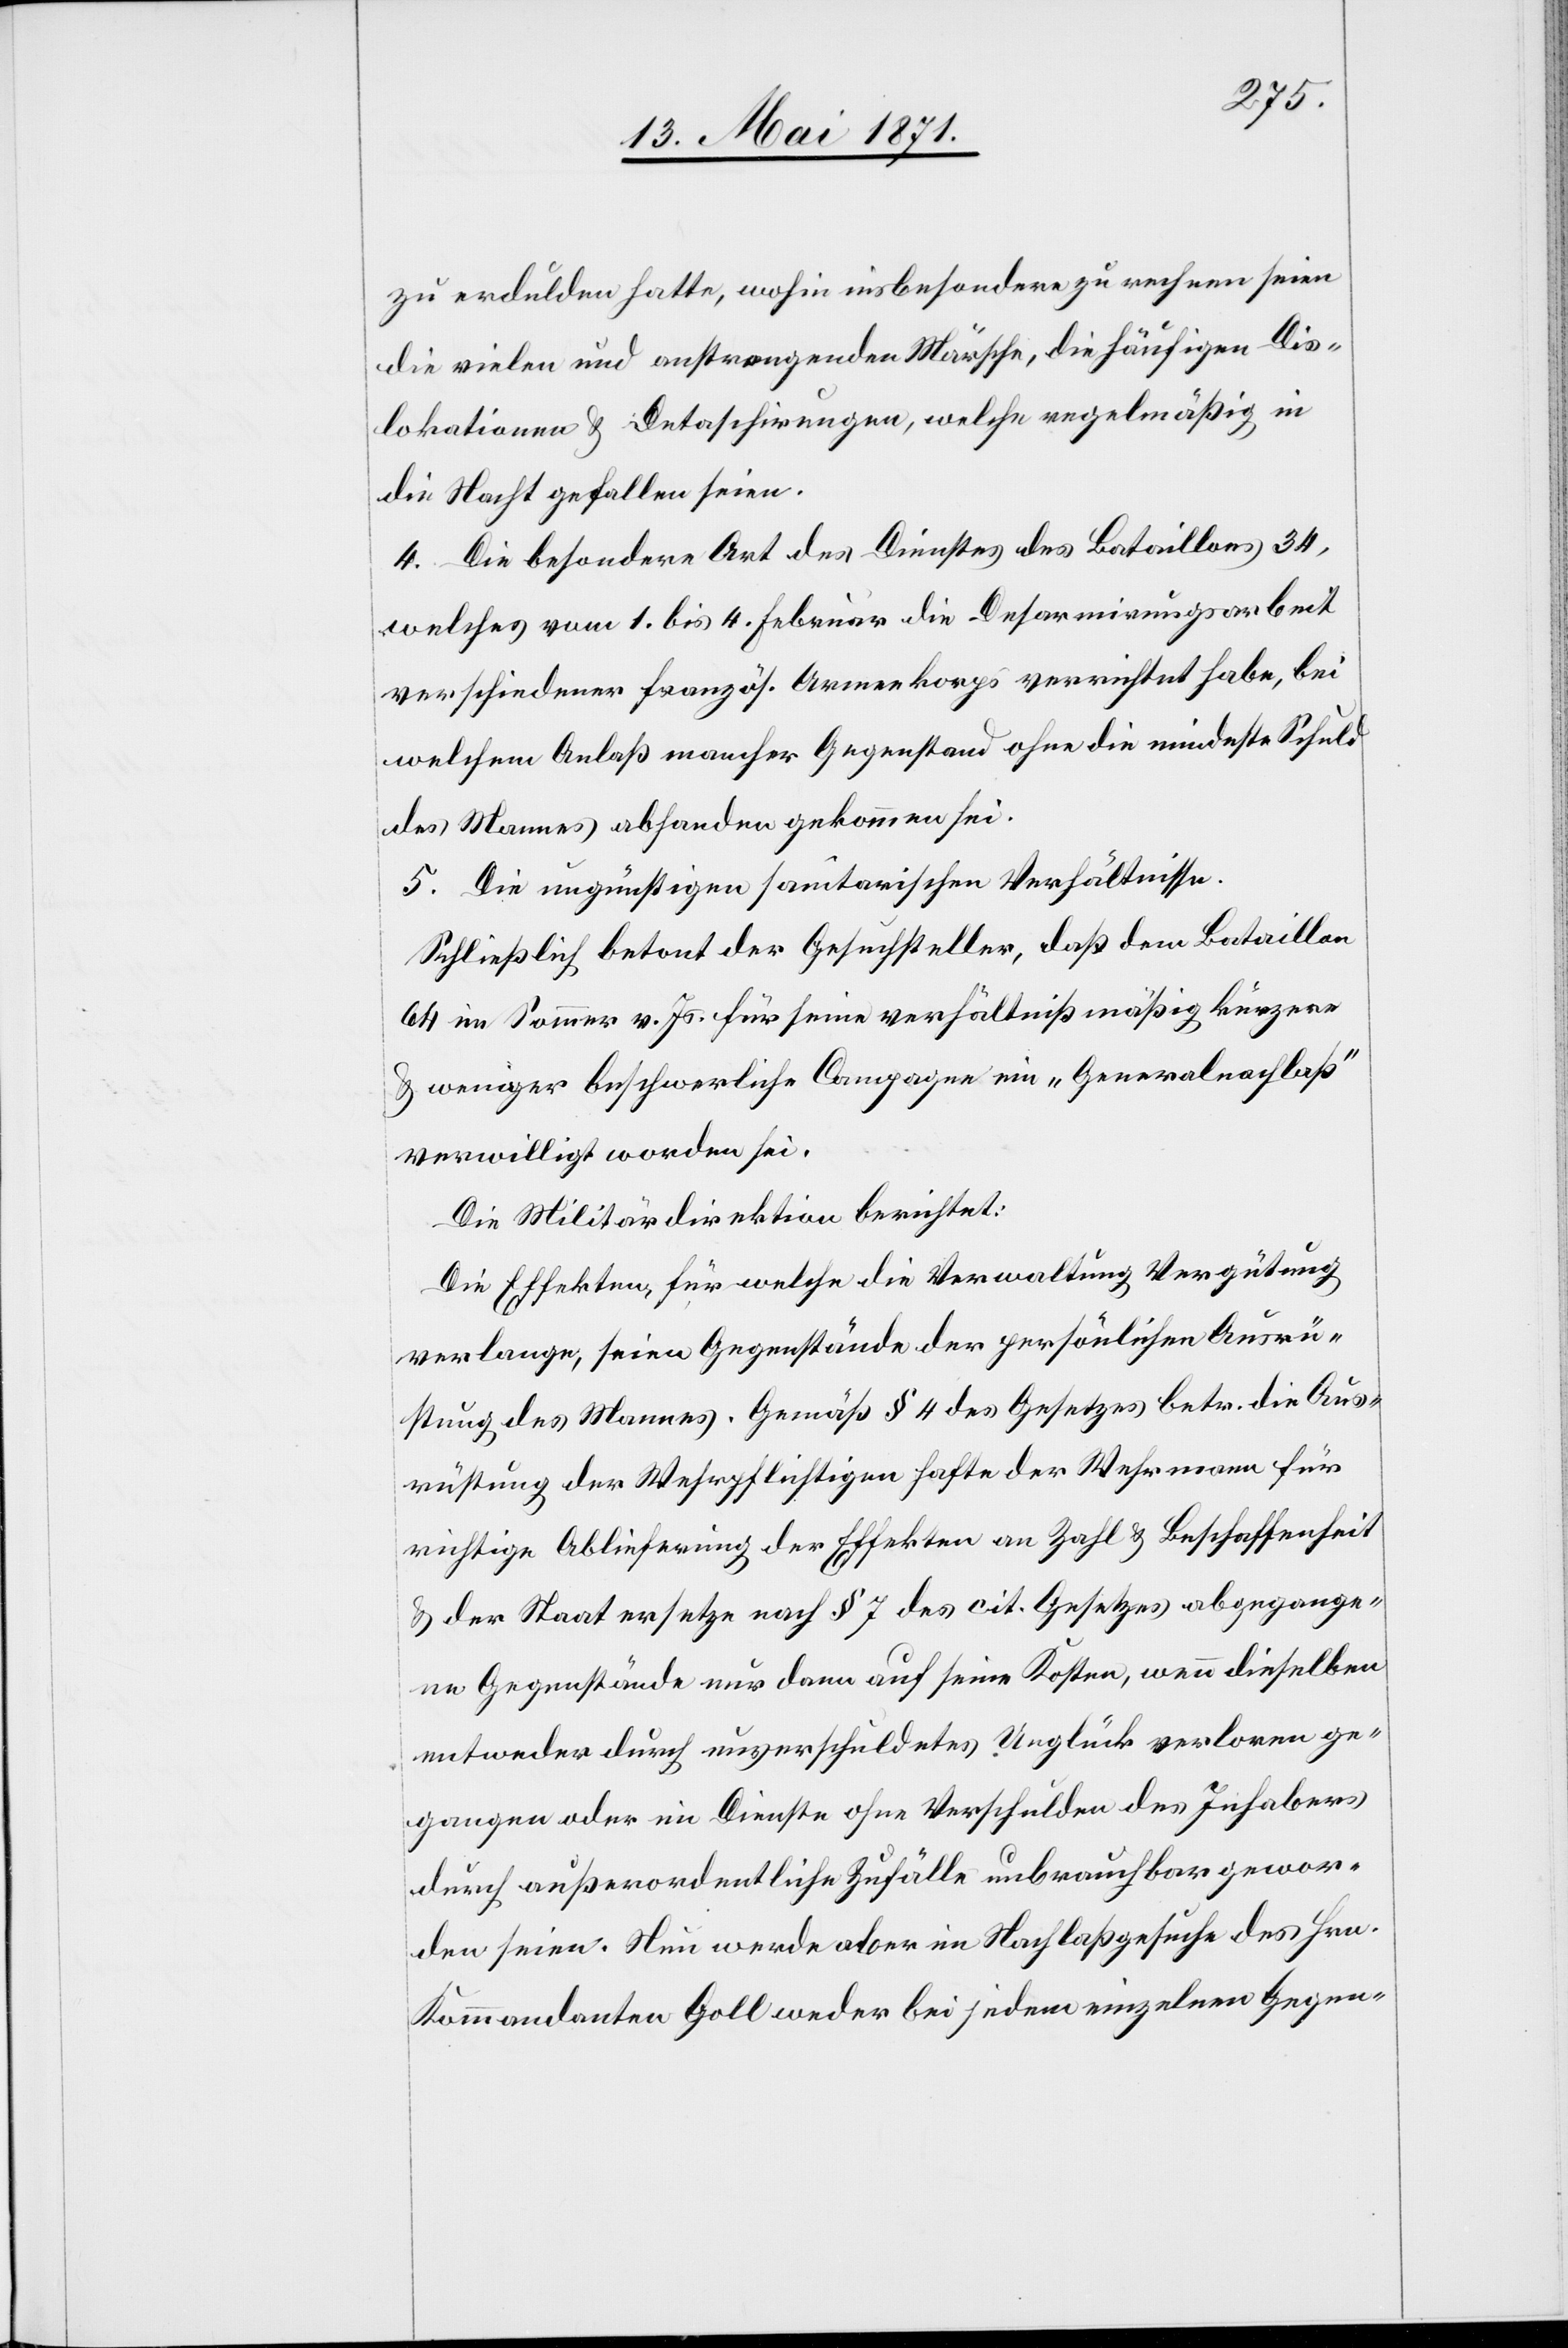
zu erdulden hatte, wohin insbesondern zu rechnen seien
die vielen und anstrengenden Märsche, die häufigen Dis¬
lokationen u. Detaschirungen, welche regelmäßig in
die Nacht gefallen seien.
4. Die besondere Art des Dienstes des Bataillons 34,
welches vom 1. bis 4. Februar die Desarmirungsarbeit
verschiedener französ. Armeekorps verrichtet habe, bei
welchem Anlaß mancher Gegenstand ohne die mindeste Schuld
des Mannes abhanden gekommen sei.
5. Die ungünstigen sanitarischen Verhältnisse.
Schließlich betont der Gesuchsteller, daß dem Bataillon
64 im Sommer v. Js. für seine verhältnißmäßig kürzere
u. weniger beschwerliche Campagne ein „Generalnachlaß“
verwilligt worden sei.
Die Militärdirektion berichtet:
Die Effekten, für welche die Verwaltung Vergütung
verlange, seien Gegenstände der persönlichen Ausrü¬
stung des Mannes. Gemäß § 4 des Gesetzes betr. die Aus¬
rüstung der Wehrpflichtigen hafte der Wehrmann für
richtige Ablieferung der Effekten an Zahl u. Beschaffenheit
u. der Staat ersetze nach § 7 des cit. Gesetzes abgegange¬
ne Gegenstände nur dann auf seine Kosten, wenn dieselben
entweder durch unverschuldetes Unglück verloren ge¬
gangen oder im Dienste ohne Verschulden des Inhabers
durch außerordentliche Zufälle unbrauchbar gewor¬
den seien. Nun werde aber im Nachlaßgesuche des Hrn.
Kommandanten Goll weder bei jedem einzelnen Gegen-